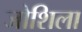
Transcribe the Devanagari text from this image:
जोशिला